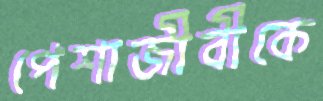
পেশাজীবীকে